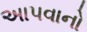
અાપવાનો